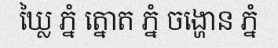
ឃ្លៃ ភ្នំ ត្នោត ភ្នំ ចង្ហោន ភ្នំ